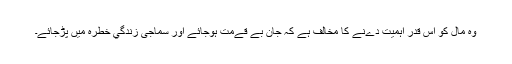
وہ مال کو اس قدر اہميت دےنے کا مخالف ہے کہ جان بے قےمت ہوجائے اور سماجى زندگي خطرہ ميں پڑجائے۔